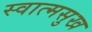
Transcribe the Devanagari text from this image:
स्वात्मसुख